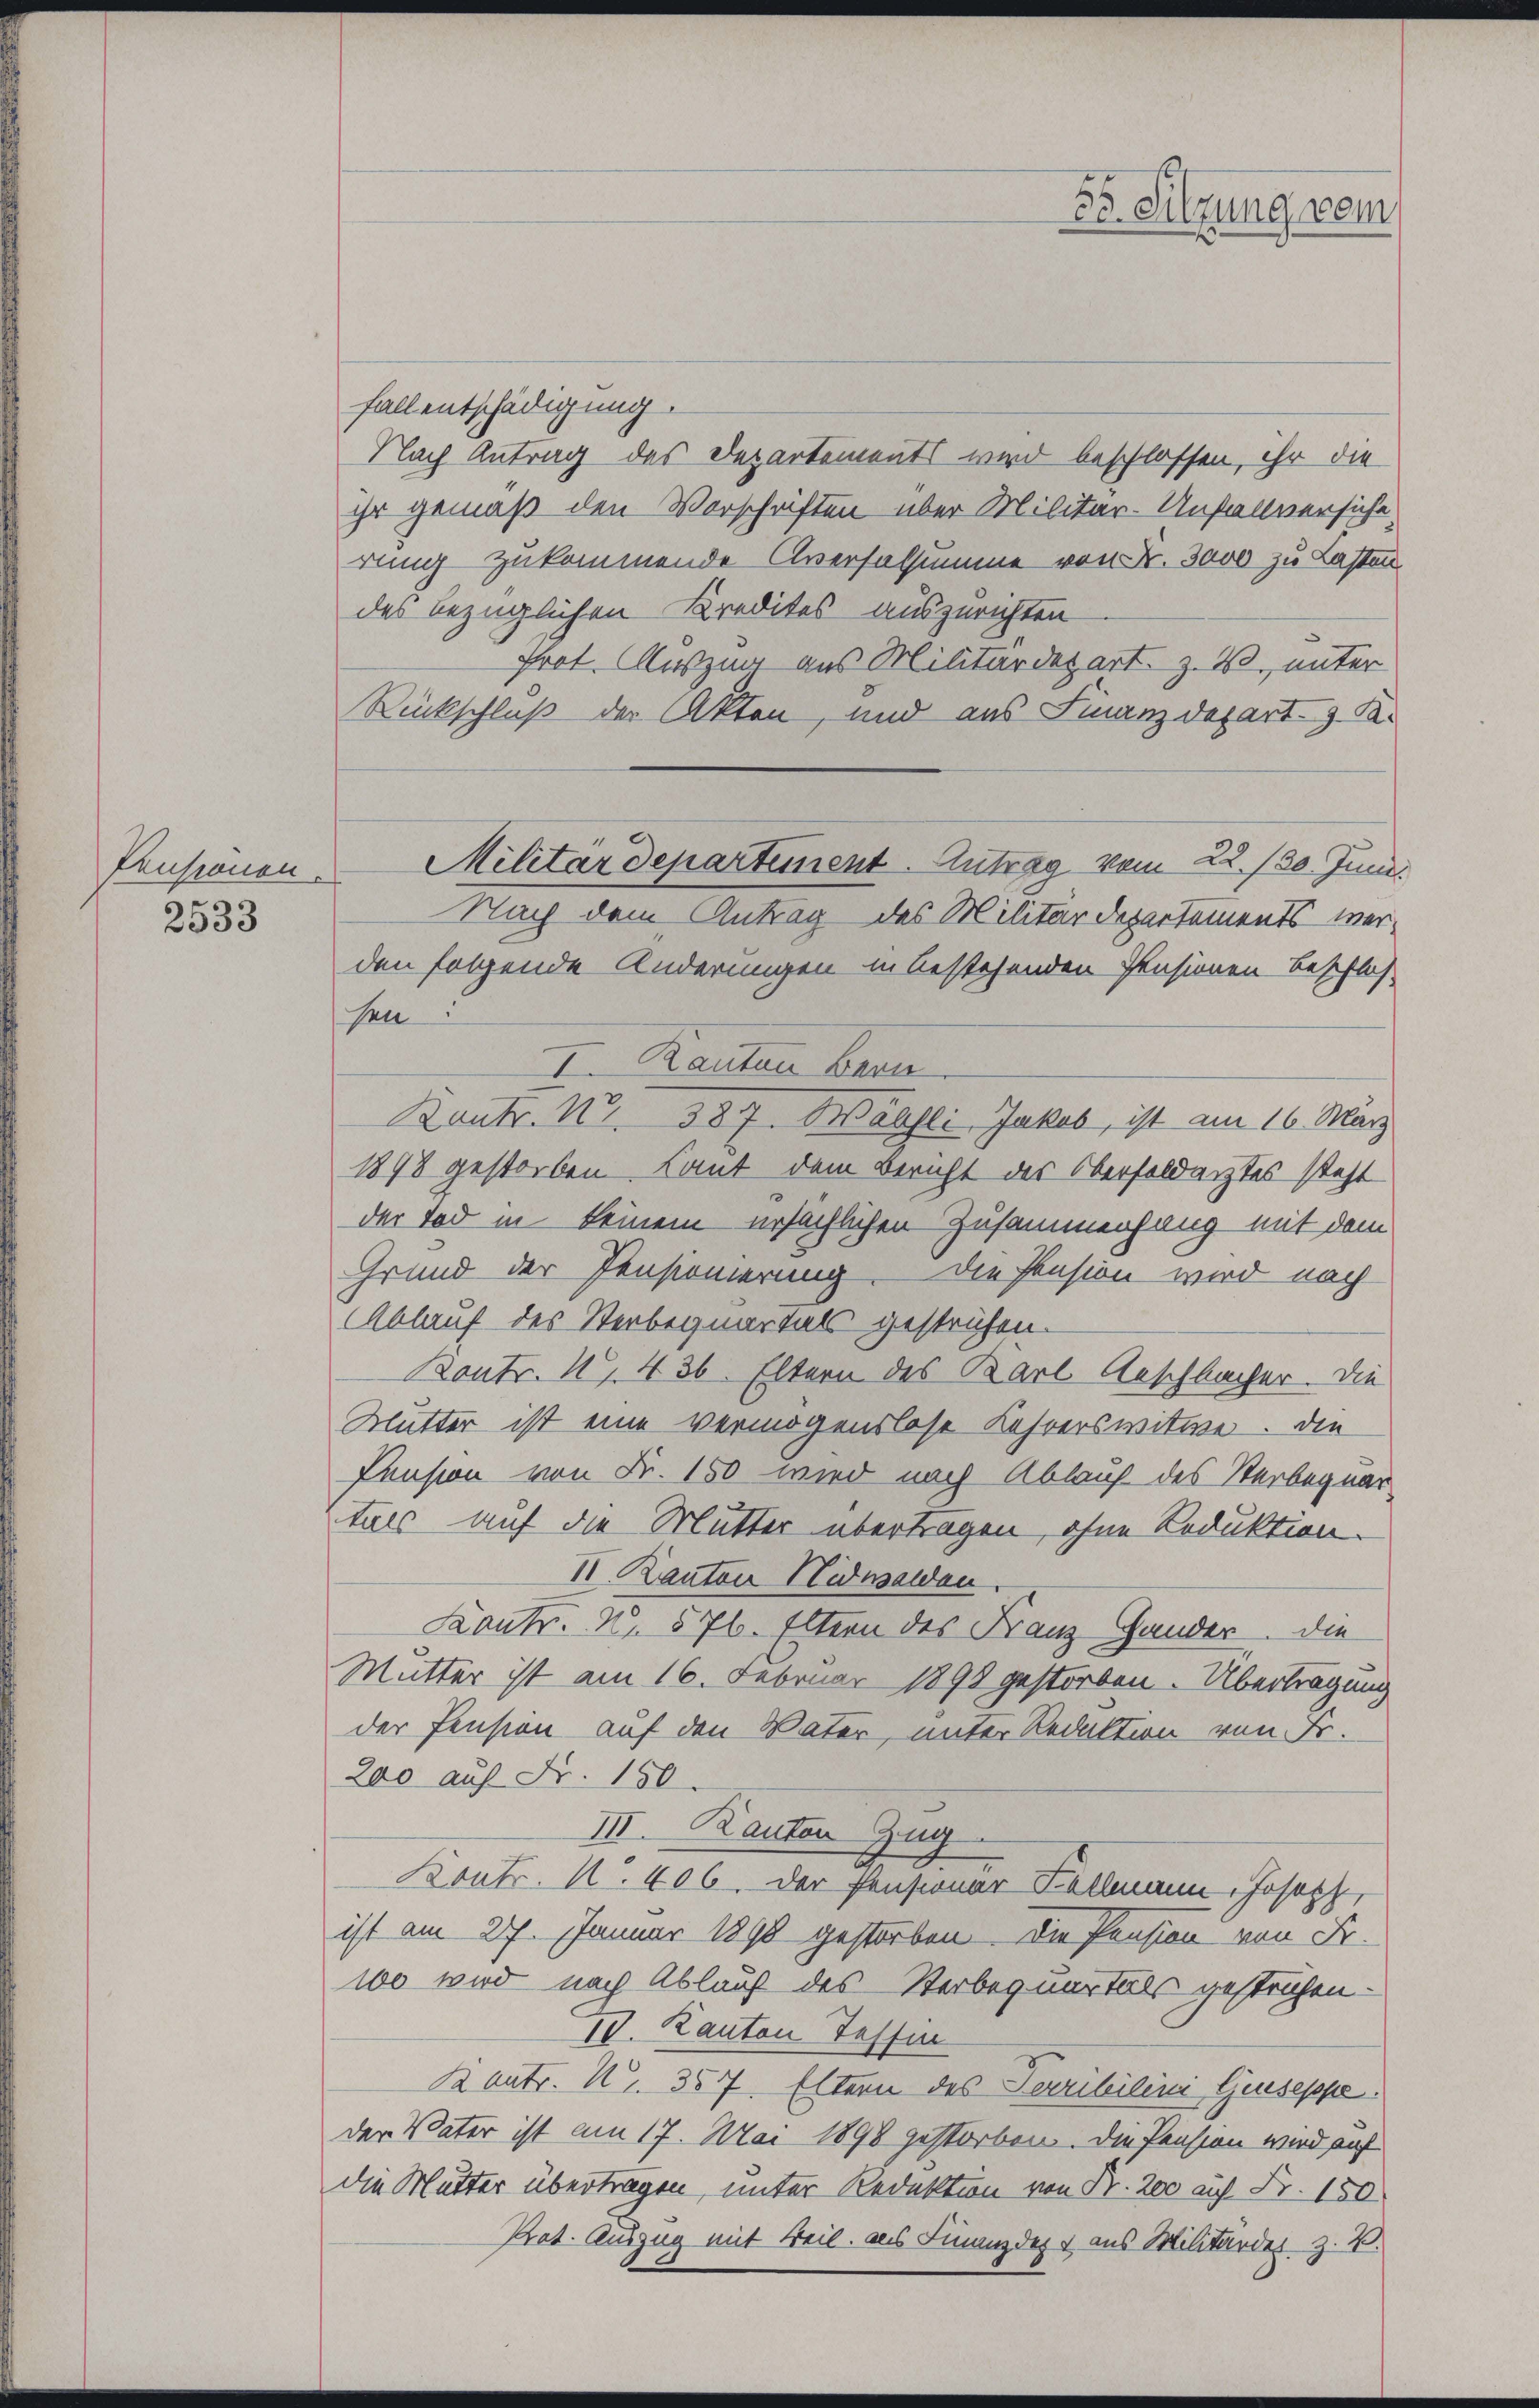
Pensionen

2533

Fall entschädigung.
Nlach Antrag des Departements wird beschlossen, ihr die
ihr gemäß den Vorschriften über Militär-Unfallversiche
rung zukommende Aversalsumme von Fr. 3000 zu Lasten
des bezüglichen Kredites auszurichten
Prot. Auszug aus Militärdepart. z. B. unter
Rückschluß der Akten, und aus Finanzdepart. 3. K
Nach dem Antrag des Militärdepartements werden folgende Änderungen in bestehenden Pensionen beschlos-
sen
I. Rauten Bern.
Kontr. Nr. 387. Walli Jakob, ist am 16. März
1898 gestorben, Laut dem Bericht des Oberfeldarztes steht
der Tod in keinem ursächlichen Zusammenhang mit dem
Grund der Pensionierung die Pension wird nach
Ablauf des Sterbequartals gestrichen.
Kontr. 17, 436. Eltern des Karl Anschbacher. Die
Mutter ist eine vermögenslose Lehrerswitwe. Die
Pension von Fr. 150 wird nach Ablauf des Sterbequar
tul auf die Mutter übertragen, ohne Reduktion.
II. Kanton Nidwalden.
Kontr. No. 576. Eltern des Franz Hander. Die
Mutter ist am 16. Februar 1890 gestorben. Übertragung
der Pension auf den Vater, unter Redaktion von Fr.
200 auf Fr. 150.
III. Kauten Zug
Kontr. N. 406. Der Pensionar Fellmann, Joseph,
ist am 27. Januar 1890 gestorben. Die Pension von Fr.
w0 wird nach Ablauf des Sterbequartals gestrichen-
IV. Kanton Tessin
Kontr. N. 357. Eltern des Perrililini Giuseppe
der Vater ist am 17. Mai 1898 gestorben. Die Pension wird auf
die Mutter übertragen, unter Redaktion von Fr. 200 auf Fr. 150
Prat. Auszug mit Weil, als Finanzdept aus Militärdes z. B.

Militärdepartement. Antrag vom 22./30. Juni.

.
Dr. Sitzung vom